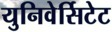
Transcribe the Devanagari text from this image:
युनिवेर्सिटेट